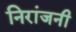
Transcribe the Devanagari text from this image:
निरांजनी